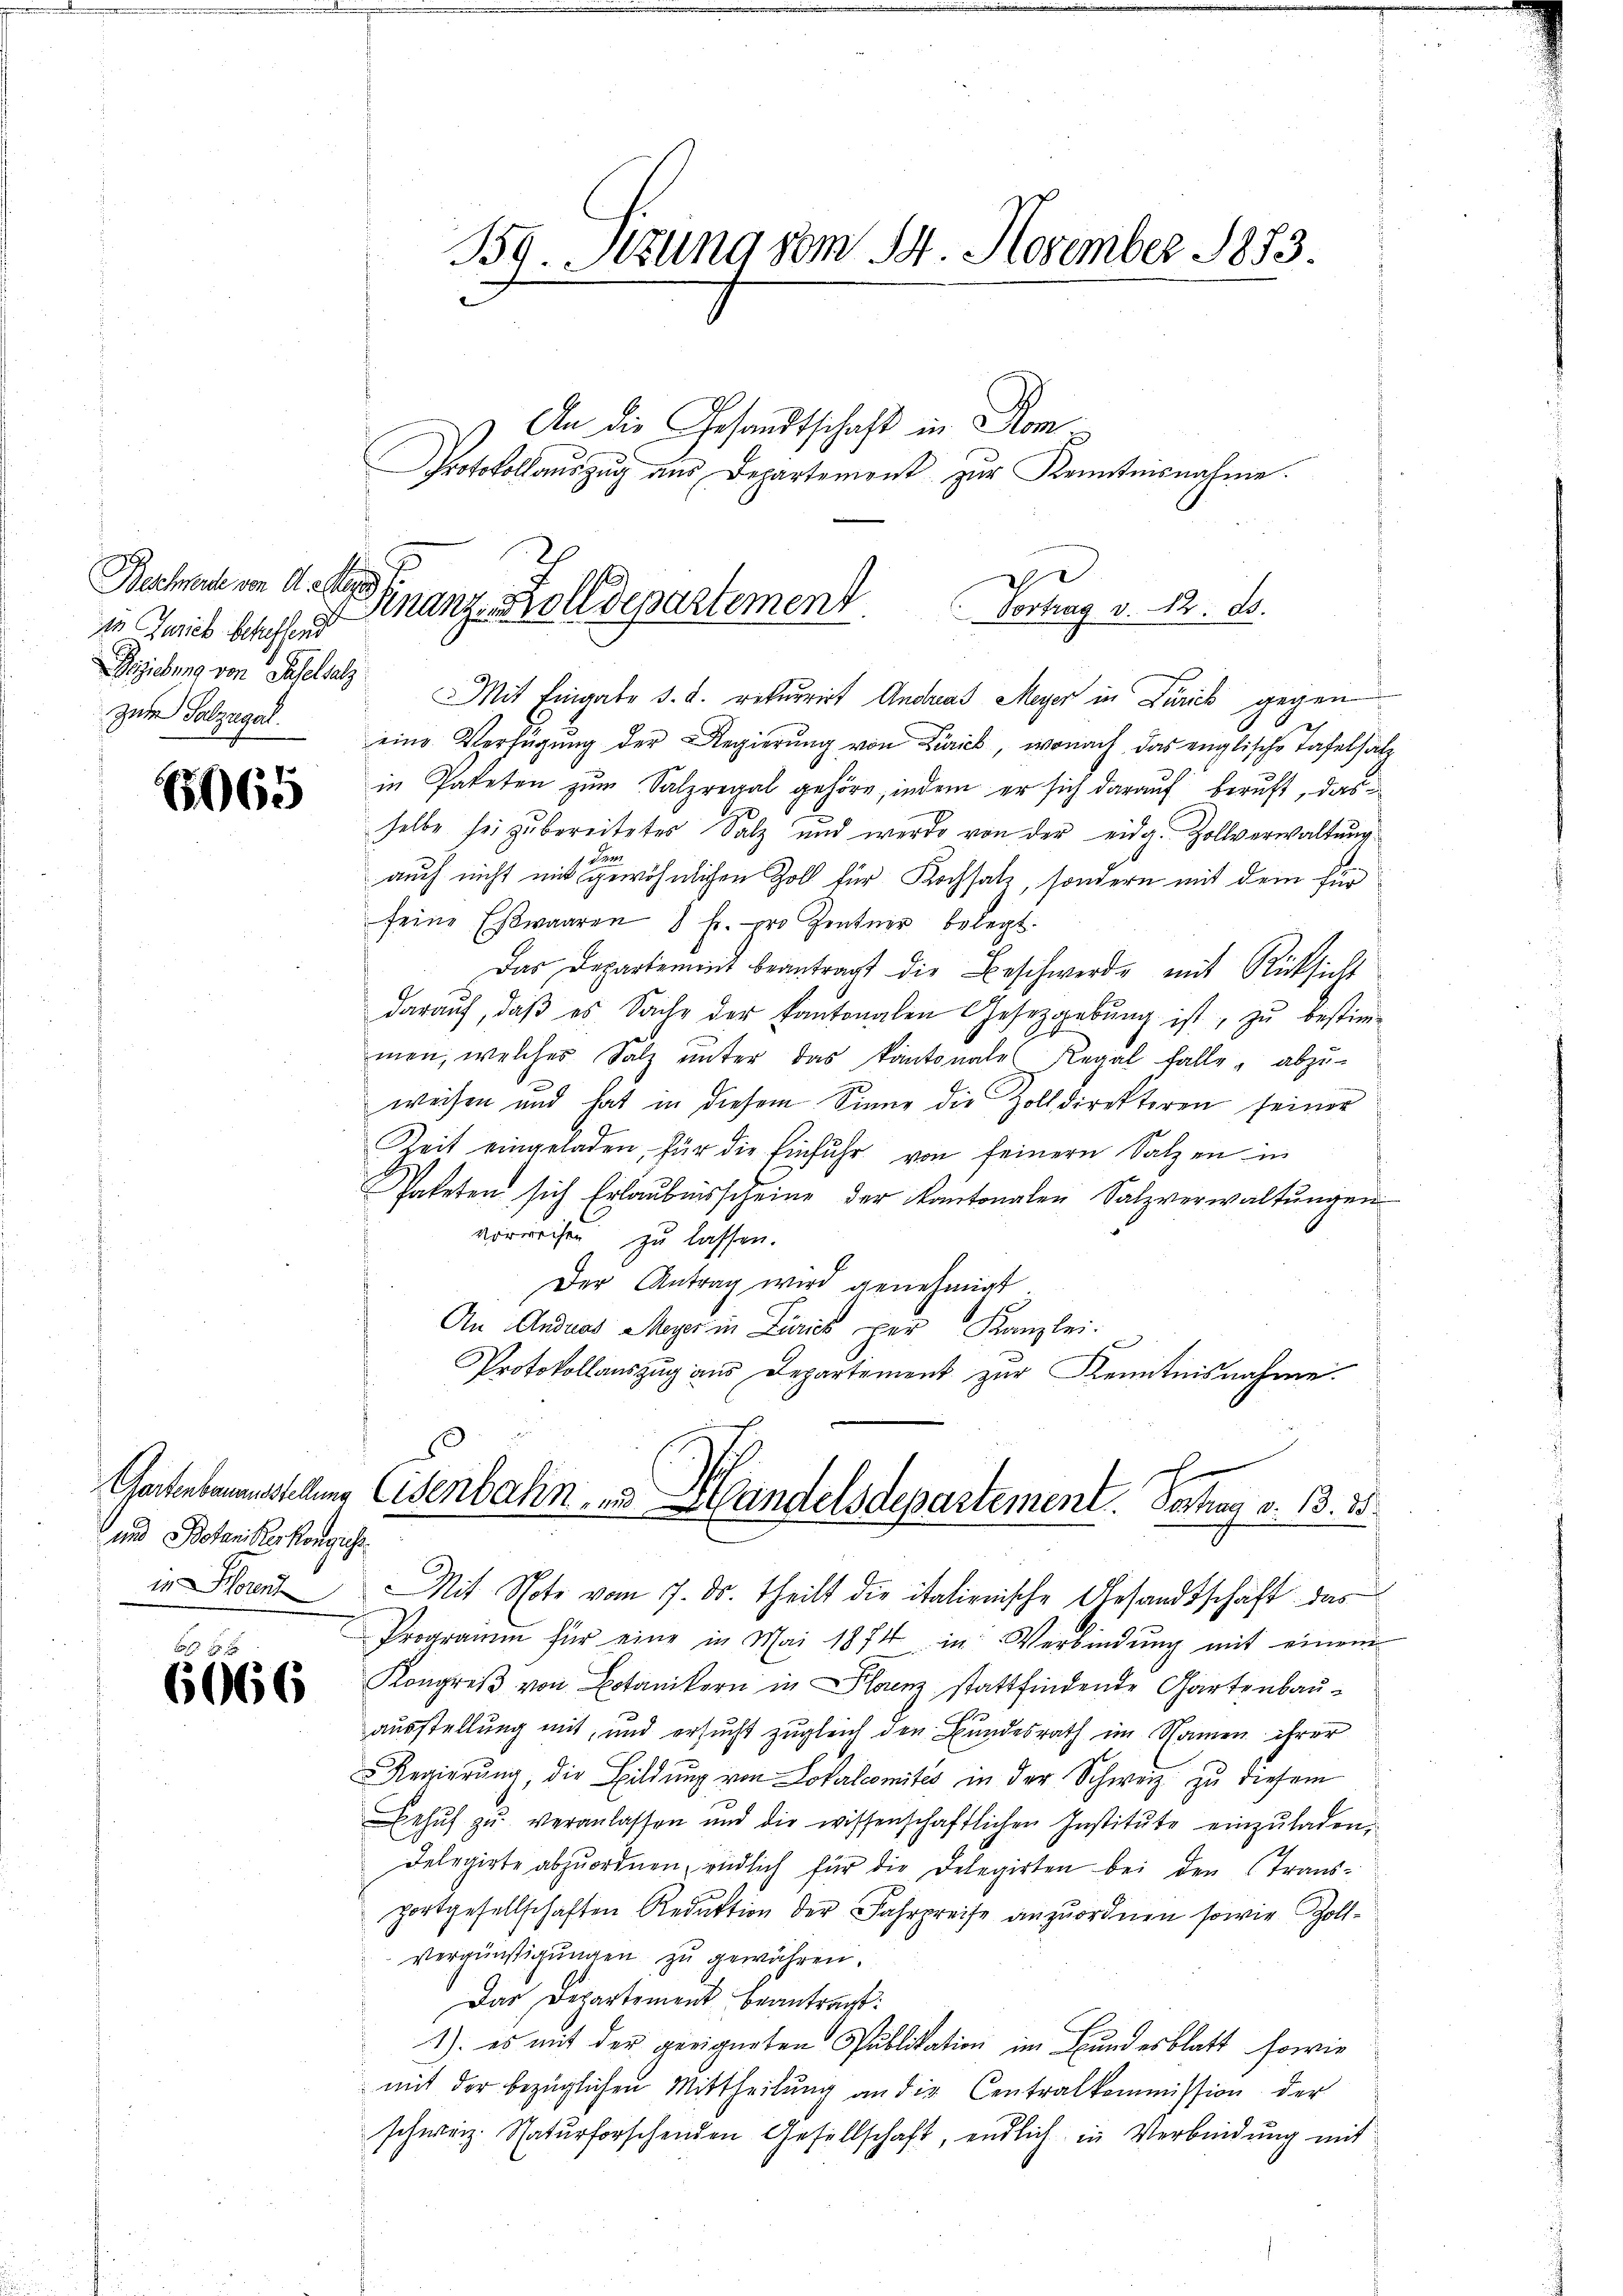
Bescherte von Aestens.
in Zwieb scheffend
Geziehung von Baselsalz
zum Polzegal.

6065

und Botanikerkongliche
in Horent

6666

B.Stzung vom 14. November 1883.

An die Gesandtschaft in Rom
Finanz-Zolldepartement.
Vortrag v. 12. d.

Protokollauszug aus Departement zur Kenntnisnahme.

Mit Eingabe d. d. rekurrirt Andreas Meyer in Zürich gegen
eine Verfügŭng der Regierŭng von Zürich, wonach das englische Tafelsatz
in Paketen zum Salzregal gehöre, indem er sich darauf beruft, das
selbe sei zu bereitetes Salz und werde von der eidg. Zollverwaltung
Sauer
auch nicht mit gewöhnlichen Zoll für Kochsatz, sondern mit dem für
feine Esswaaren 8 Fr. pro Zentner belegt.
Das Departement beantragt die Beschwerde mit Rücksicht
daraŭf, daβ es Sache der Kantonalen Gesetzgebŭng ist, zŭ bestim-
men, welches Salz unter das kantonales Regal falle, abzu-
weisen und hat in diesem Sinne die Zolldirektoren seiner
Zeit eingeladen, für die Einfuhr von feinern Salzen in
Sateten sich Erlaubnisscheine der kantonalen Salzverwaltungen
vorweisen zu lassen.
Der Antrag wird genehmigt.
An Anduas Meyer in Zürich per Kanzlei.
Protokollauszug aus Departement zur Kenntnisnahme.

x
Gartenbauestellung Eisenbahn- und Handelsdepartement. Vertrag v. 13. 2.

Mit Note vom 7. ds. theilt die italienische Gesandtschaft das
Programm für eine in Mai 1874 in Verbindŭng mit einem
Kongreß von Botanikern in Planz stattfindende Gartenbauausstellung mit, und ersucht zugleich den Bundesrath im Namen ihrer
Regierŭng, die Bildung von Lokalcomités in der Schweiz zu diesem
Behŭf zŭ veranlassen und die wissenschaftlichen Institŭte einzŭladen,
Delegirte abzŭordnen, endlich für die Delegirten bei den Transfortgesellschaften Reduktion der Fahrpreise anzuordnen sowie Zollvergünstigungen zu gewähren.
Das Departement beantragt:
1) es mit der geeigneten Publikation im Bundesblatt, sowie
mit der bezüglichen Mittheilung an die Centralkommission der
schweiz. Naturforschenden Gesellschaft, endlich in Verbindung mit